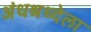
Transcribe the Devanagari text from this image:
अंधश्रध्देला